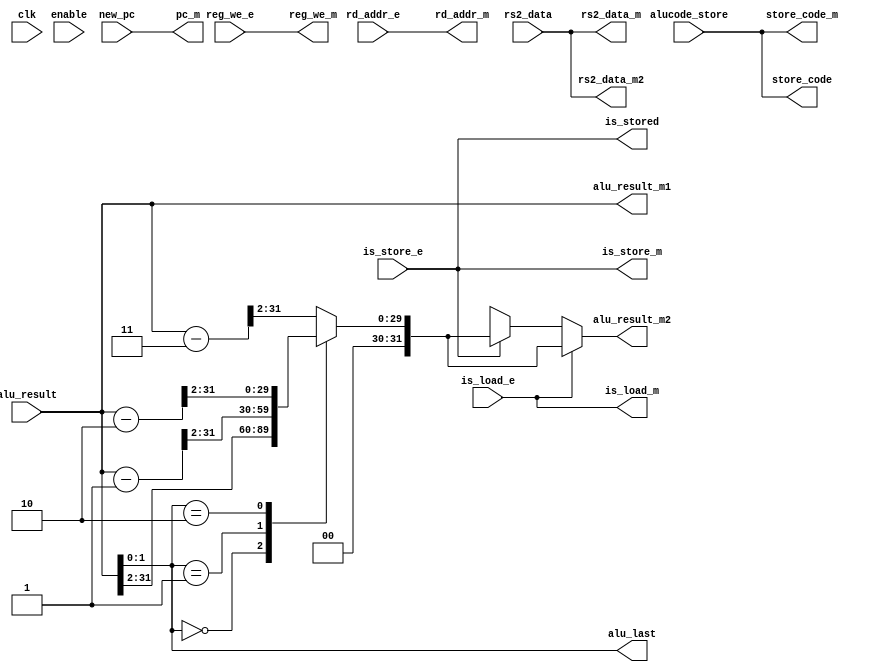
module M(input wire clk, input wire enable, input wire[31:0] new_pc,
// input wire [31:0] alu_result, input wire [31:0] rs2_data, 
// input wire is_load_e, input wire is_store_e, input wire [4:0] rd_addr_e,
// input wire reg_we_e, input wire [5:0] alucode_store,
// output wire [31:0] pc_m, output wire [31:0] alu_result_m1,
// output wire [4:0] rd_addr_m, output wire reg_we_m, output wire is_load_m, output wire is_store_m,
// output wire [31:0] alu_result_m2, output wire [31:0] rs2_data_m, output wire [5:0] store_code);
//     reg [31:0] reg_new_pc;
//     reg [31:0] reg_alu_result;
//     reg [31:0] reg_rs2_data;
//     reg reg_is_load;
//     reg reg_is_store;
//     reg [4:0] reg_rd_addr_e;
//     reg reg_reg_we_e;
//     reg [5:0] reg_store_code;

//     always @(posedge clk) begin
//         if (enable) begin
//             reg_new_pc <= new_pc;
//             reg_alu_result <= alu_result;
//             reg_rs2_data <= rs2_data;
//             reg_is_load <= is_load_e;
//             reg_is_store <= is_store_e;
//             reg_rd_addr_e <= rd_addr_e;
//             reg_reg_we_e <= reg_we_e;
//             reg_store_code <= alucode_store;
//             // $display("Memory");
//             // $display(reg_alu_result);
//             // $display(reg_rd_addr_e);
//         end
//     end
//     assign pc_m = reg_new_pc;
//     assign alu_result_m1 = reg_alu_result;
//     assign alu_result_m2 = reg_alu_result;
//     assign rd_addr_m = reg_rd_addr_e;
//     assign reg_we_m = reg_reg_we_e;
//     assign is_load_m = reg_is_load;
//     assign is_store_m = reg_is_store;
//     assign rs2_data_m = reg_rs2_data;
//     assign store_code = reg_store_code;
// endmodule
module M(input wire[31:0] new_pc,
input wire [31:0] alu_result, input wire [31:0] rs2_data, 
input wire is_load_e, input wire is_store_e, input wire [4:0] rd_addr_e,
input wire reg_we_e, input wire [5:0] alucode_store,
output wire [31:0] pc_m, output wire [31:0] alu_result_m1,
output wire [4:0] rd_addr_m, output wire reg_we_m, output wire is_load_m, output wire is_store_m,
output wire [31:0] alu_result_m2, output wire [31:0] rs2_data_m, output wire [5:0] store_code, 
output wire [5:0] store_code_m, output wire is_stored, output wire [31:0] rs2_data_m2, output wire [1:0] alu_last);

function [31:0] get_memory_address;
    input [31:0] alu_result;
    input is_load_e;
    input is_store_e;
    begin
        // if (is_load_e) begin
        // get_memory_address = (is_load_e == 1'd1) ? (alu_result[1:0] == 2'd0) ? alu_result_m2 >> 32'd2 :
        // (alu_result[1:0] == 2'd1) ? (alu_result - 32'd1) >> 32'd2 :
        // (alu_result[1:0] == 2'd2) ? (alu_result - 32'd2) >> 32'd2 :
        // (alu_result[1:0] == 2'd3) ? (alu_result - 32'd3) >> 32'd2 : 
        // (is_store_e == 1'd1) ? (alu_result[1:0] == 2'd0) ? alu_result >> 32'd2 :
        // (alu_result[1:0] == 2'd1) ? (alu_result - 32'd1) >> 32'd2 : 
        // (alu_result[1:0] == 2'd2) ? (alu_result - 32'd2) >> 32'd2 :
        // (alu_result[1:0] == 2'd3) ? (alu_result - 32'd3) >> 32'd2 : 
        // 32'd0 : 32'd0;
        // end
        if (is_load_e) begin
            case(alu_result[1:0])
                2'd0: get_memory_address = alu_result >> 32'd2;
                2'd1: get_memory_address = (alu_result - 32'd1) >> 32'd2;
                2'd2: get_memory_address = (alu_result - 32'd2) >> 32'd2;
                default: get_memory_address = (alu_result - 32'd3) >> 32'd2;
            endcase
        end
        else if (is_store_e) begin
            case(alu_result[1:0])
                2'd0: get_memory_address = alu_result >> 32'd2;
                2'd1: get_memory_address = (alu_result - 32'd1) >> 32'd2;
                2'd2: get_memory_address = (alu_result - 32'd2) >> 32'd2;
                default: get_memory_address = (alu_result - 32'd3) >> 32'd2;
            endcase
        end
    end
endfunction

    assign pc_m = new_pc;
    assign alu_result_m1 = alu_result;
    assign alu_result_m2 = get_memory_address(alu_result, is_load_e, is_store_e);
    // assign alu_result_m2 = (is_load_e == 1'd1) ? (alu_result[1:0] == 2'd0) ? alu_result >> 32'd2 :
    //                         (alu_result[1:0] == 2'd1) ? (alu_result - 32'd1) >> 32'd2 :
    //                         (alu_result[1:0] == 2'd2) ? (alu_result - 32'd2) >> 32'd2 :
    //                         (alu_result[1:0] == 2'd3) ? (alu_result - 32'd3) >> 32'd2 : 
    //                         (is_store_e == 1'd1) ? (alu_result[1:0] == 2'd0) ? alu_result >> 32'd2 :
    //                         (alu_result[1:0] == 2'd1) ? (alu_result - 32'd1) >> 32'd2 : 
    //                         (alu_result[1:0] == 2'd2) ? (alu_result - 32'd2) >> 32'd2 :
    //                         (alu_result[1:0] == 2'd3) ? (alu_result - 32'd3) >> 32'd2 :
    //                         32'd0;
    assign rd_addr_m = rd_addr_e;
    assign reg_we_m = reg_we_e;
    assign is_load_m = is_load_e;
    assign is_store_m = is_store_e;
    assign rs2_data_m = rs2_data;
    assign store_code = alucode_store;
    assign store_code_m = alucode_store;
    assign is_stored = is_store_e;
    assign rs2_data_m2 = rs2_data;
    assign alu_last = alu_result[1:0];
endmodule